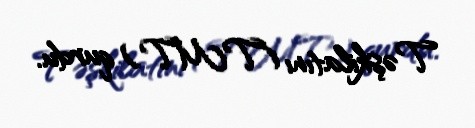
Təşkilatını (TMT) qurdu.